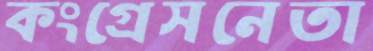
কংগ্রেসনেতা